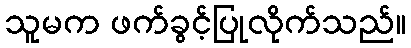
သူမက ဖက်ခွင့်ပြုလိုက်သည်။